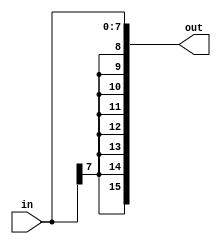
`timescale 1ns / 1ps
//////////////////////////////////////////////////////////////////////////////////
// Company: 
// Engineer: 
// 
// Design Name: 
// Module Name: ThreeOneMux
// Project Name: 
// Target Devices: 
// Tool Versions: 
// Description: 
// 
// Dependencies: 
// 
// Revision:
// Revision 0.01 - File Created
// Additional Comments:
// 
//////////////////////////////////////////////////////////////////////////////////


module SignExt(
    in,
    out
    );
    
    //Parameters for size of input and output
    parameter IN_SIZE = 8;
    parameter OUT_SIZE = 16;
    
    //Declare input and output
    input [IN_SIZE-1:0]in;
    output [OUT_SIZE-1:0]out;
    
    //Sign extend input and assign to output
    assign out = {{(OUT_SIZE - IN_SIZE){in[IN_SIZE-1]}}, in};
    
endmodule